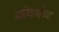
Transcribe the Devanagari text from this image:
प्रतिवर्षाच्या